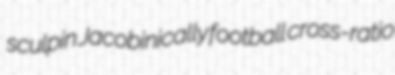
sculpin Jacobinically football cross-ratio